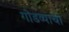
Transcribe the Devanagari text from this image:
गोडव्याची